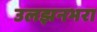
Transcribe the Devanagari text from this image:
उलझनभरा